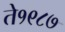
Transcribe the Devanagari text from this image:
ते१९८७